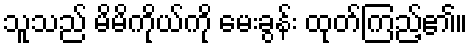
သူသည် မိမိကိုယ်ကို မေးခွန်း ထုတ်ကြည့်၏။